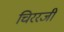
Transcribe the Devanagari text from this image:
चिररजी